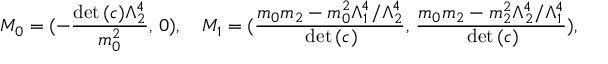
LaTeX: M _ { 0 } = ( - \frac { \mathrm { d e t } \, ( c ) \Lambda _ { 2 } ^ { 4 } } { m _ { 0 } ^ { 2 } } , \, 0 ) , \quad M _ { 1 } = ( \frac { m _ { 0 } m _ { 2 } - m _ { 0 } ^ { 2 } \Lambda _ { 1 } ^ { 4 } / \Lambda _ { 2 } ^ { 4 } } { \, \mathrm { d e t } \, ( c ) } , \, \frac { m _ { 0 } m _ { 2 } - m _ { 2 } ^ { 2 } \Lambda _ { 2 } ^ { 4 } / \Lambda _ { 1 } ^ { 4 } } { \, \mathrm { d e t } \, ( c ) } ) ,